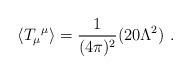
LaTeX: \begin{align*}\langle{T_{\mu}}^{\mu}\rangle=\frac{1}{(4\pi)^{2}}(20\Lambda^{2})\ .\end{align*}